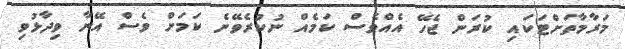
މަރާމާތަށްޓަކައި ކުރަން ޖެހޭ އެއްވެސް ކަމެއް ނުކުރެވޭނެ ކަމަށް ވެސް އޭނާ ވިދާޅުވި